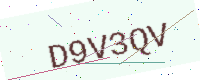
Text: D9V3QV